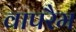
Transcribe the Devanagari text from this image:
वापरैम